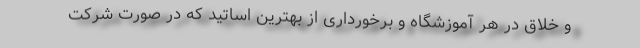
و خلاق در هر آموزشگاه و برخورداری از بهترین اساتید که در صورت شرکت